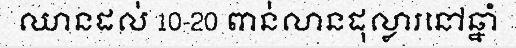
ឈានដល់ 10-20 ពាន់លានដុល្លារនៅឆ្នាំ